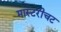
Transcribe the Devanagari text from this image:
मास्टरीचट